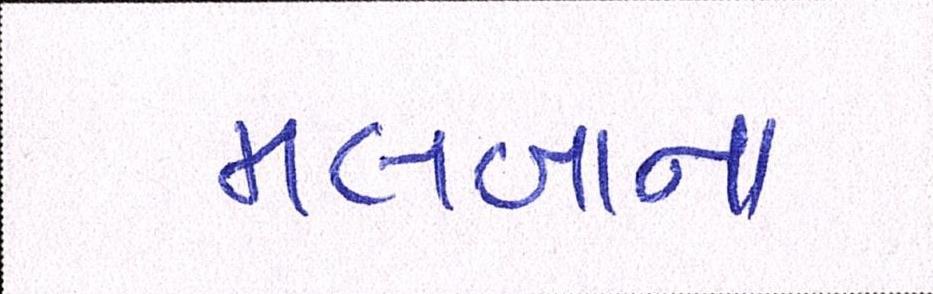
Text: મલબાના